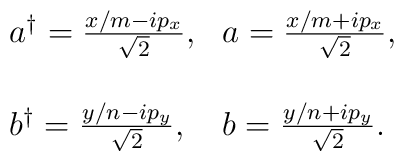
\begin{array}{ll}a^\dagger=\frac{x/m - i p_x}{\sqrt{2}}, &a =\frac{x/m + i p_x}{\sqrt{2}}, \\[0.24in]b^\dagger=\frac{y/n - i p_y}{\sqrt{2}}, &b=\frac{y/n + i p_y}{\sqrt{2}}.\end{array}